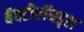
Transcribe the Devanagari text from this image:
बैक्टीरॉयड्स